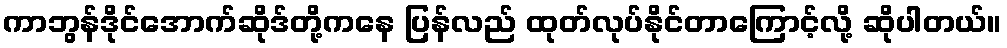
ကာဘွန်ဒိုင်အောက်ဆိုဒ်တို့ကနေ ပြန်လည် ထုတ်လုပ်နိုင်တာကြောင့်လို့ ဆိုပါတယ်။